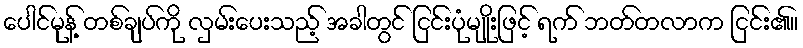
ပေါင်မုန့် တစ်ချပ်ကို လှမ်းပေးသည့် အခါတွင် ငြင်းပုံမျိုးဖြင့် ရက် ဘတ်တလာက ငြင်း၏။